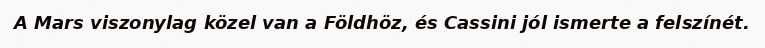
A Mars viszonylag közel van a Földhöz, és Cassini jól ismerte a felszínét.